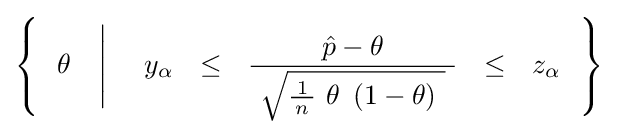
\left\{~~\theta \quad {\Bigg |}\quad \ y_{\alpha }~~\leq ~~{\frac {\ {\hat {p}}-\theta \ }{\ {\sqrt {{\tfrac {\!\ 1\!\ }{n}}\ \theta \ \left(1-\theta \right)~}}\ }}~~\leq ~~z_{\alpha }~~\right\}\